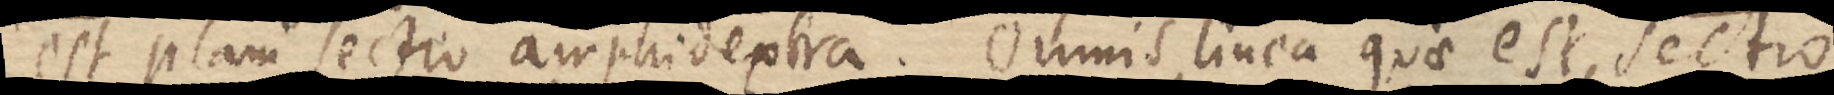
est plani sectio amphidextra. Omnis linea quae est sectio